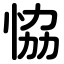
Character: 恊